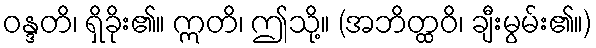
ဝန္ဒတိ၊ ရှိခိုး၏။ ဣတိ၊ ဤသို့။ (အဘိတ္ထဝိ၊ ချီးမွမ်း၏။)